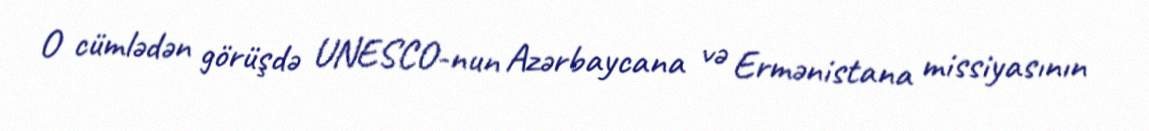
O cümlədən görüşdə UNESCO-nun Azərbaycana və Ermənistana missiyasının